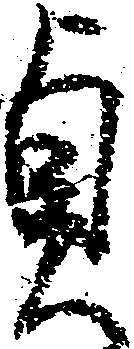
貞